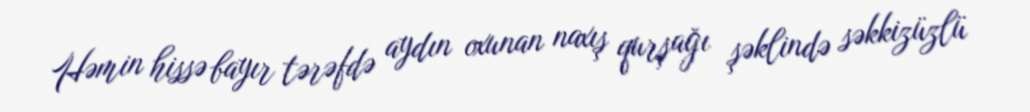
Həmin hissə bayır tərəfdə aydın oxunan naxış qurşağı şəklində səkkizüzlü